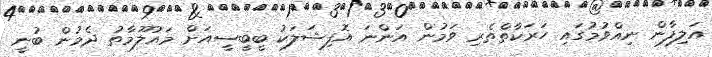
އަލިފާން ނިއްވުމުގައި ހަރަކާތްތެރި ވަމުން އަންނަ އޮފިޝަލަކު ބީބީސީއަށް މައުލޫމާތު ދެމުން ބުނީ